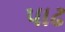
પાઢ